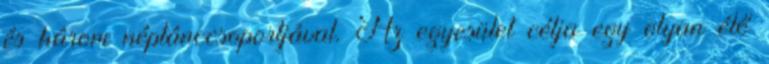
és három néptánccsoportjával. Az egyesület célja egy olyan élő